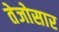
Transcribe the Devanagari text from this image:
तेजोसार